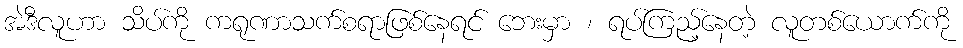
အဲဒီလူဟာ သိပ်ကို ကရုဏာသက်စရာဖြစ်နေရင် ဘေးမှာ ၊ ရပ်ကြည့်နေတဲ့ လူတစ်ယောက်ကို